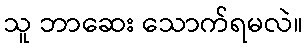
သူ ဘာဆေး သောက်ရမလဲ။